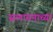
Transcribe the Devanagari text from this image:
सलायनाच्या